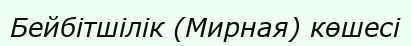
Бейбітшілік (Мирная) көшесі